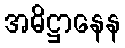
အဓိဋ္ဌာနေန